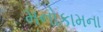
મનોકામના